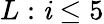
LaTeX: L:\mathit{i}\leq5